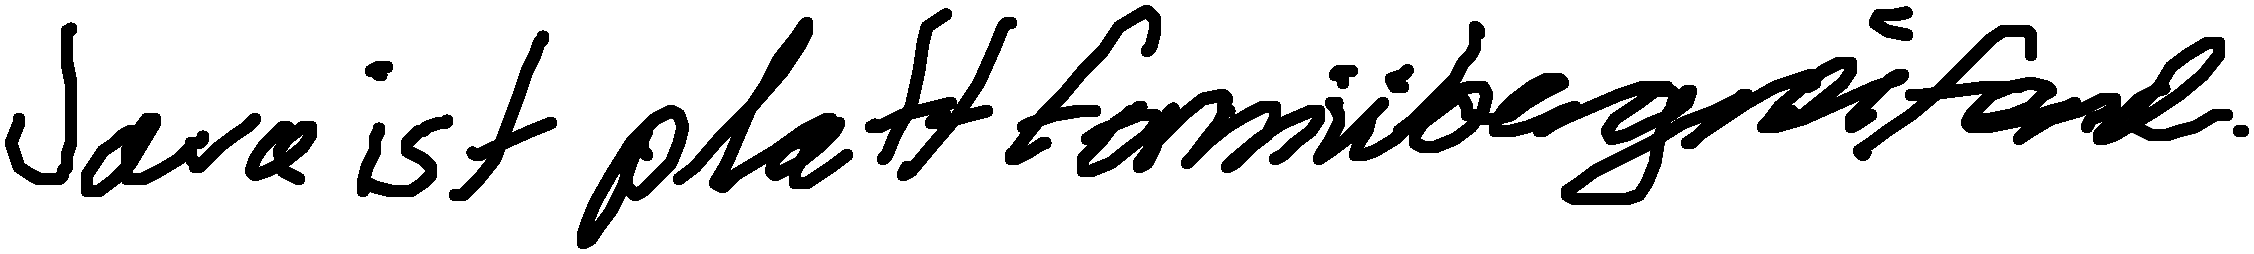
Java ist plattformübergreifend.